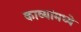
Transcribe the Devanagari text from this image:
काव्यांमध्ये